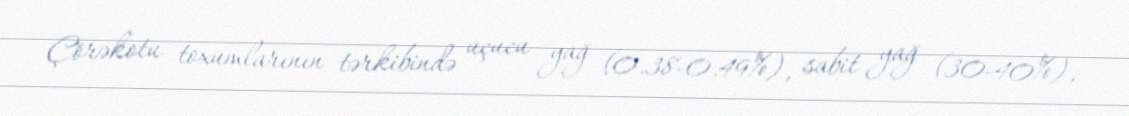
Çörəkotu toxumlarının tərkibində uçucu yağ (0.38-0.49%), sabit yağ (30-40%),